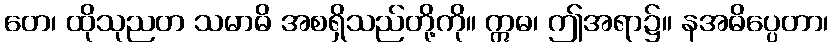
တေ၊ ထိုသုညတ သမာဓိ အစရှိသည်တို့ကို။ ဣဓ၊ ဤအရာ၌။ နအဓိပ္ပေတာ၊